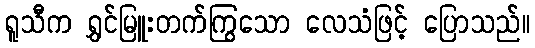
ရူသီက ရွှင်မြူးတက်ကြွသော လေသံဖြင့် ပြောသည်။